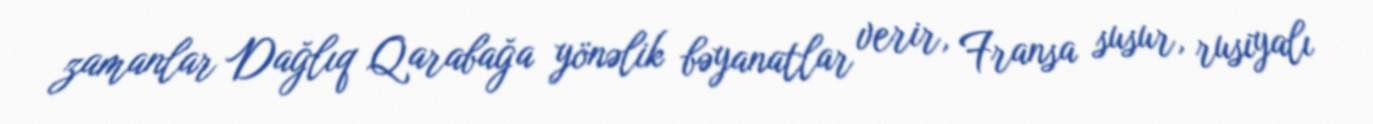
zamanlar Dağlıq Qarabağa yönəlik bəyanatlar verir, Fransa susur, rusiyalı